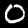
Digit: 0